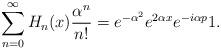
LaTeX: \begin{align*}\sum_{n=0}^{\infty }H_{n}(x)\frac{\alpha ^{n}}{n!}=e^{-\alpha^{2}}e^{2\alpha x}e^{-i\alpha p}1.\end{align*}